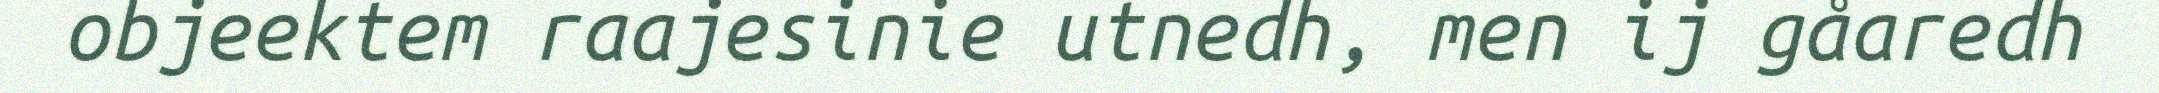
objeektem raajesinie utnedh, men ij gåaredh